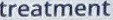
treatmrnt